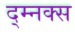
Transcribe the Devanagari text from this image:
द्म्नक्स